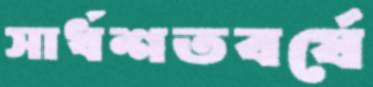
সার্ধশতবর্ষে